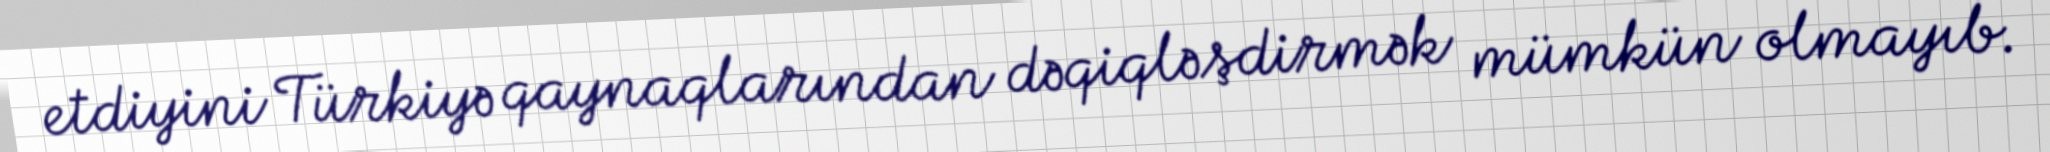
etdiyini Türkiyə qaynaqlarından dəqiqləşdirmək mümkün olmayıb.